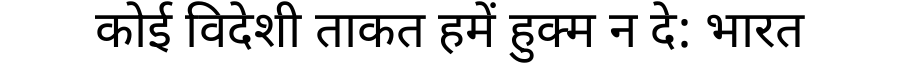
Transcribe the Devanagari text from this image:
कोई विदेशी ताकत हमें हुक्म न दे: भारत